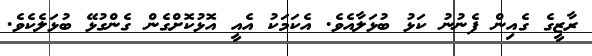
ރާޒީގެ ގެއިން ފެނުނު ކަޅު ބުޅަލާއެވެ. އެކަމަކު އެއީ އޮޅުކޮށްގެން ގެންގުޅޭ ބުޅަލެކެވެ.